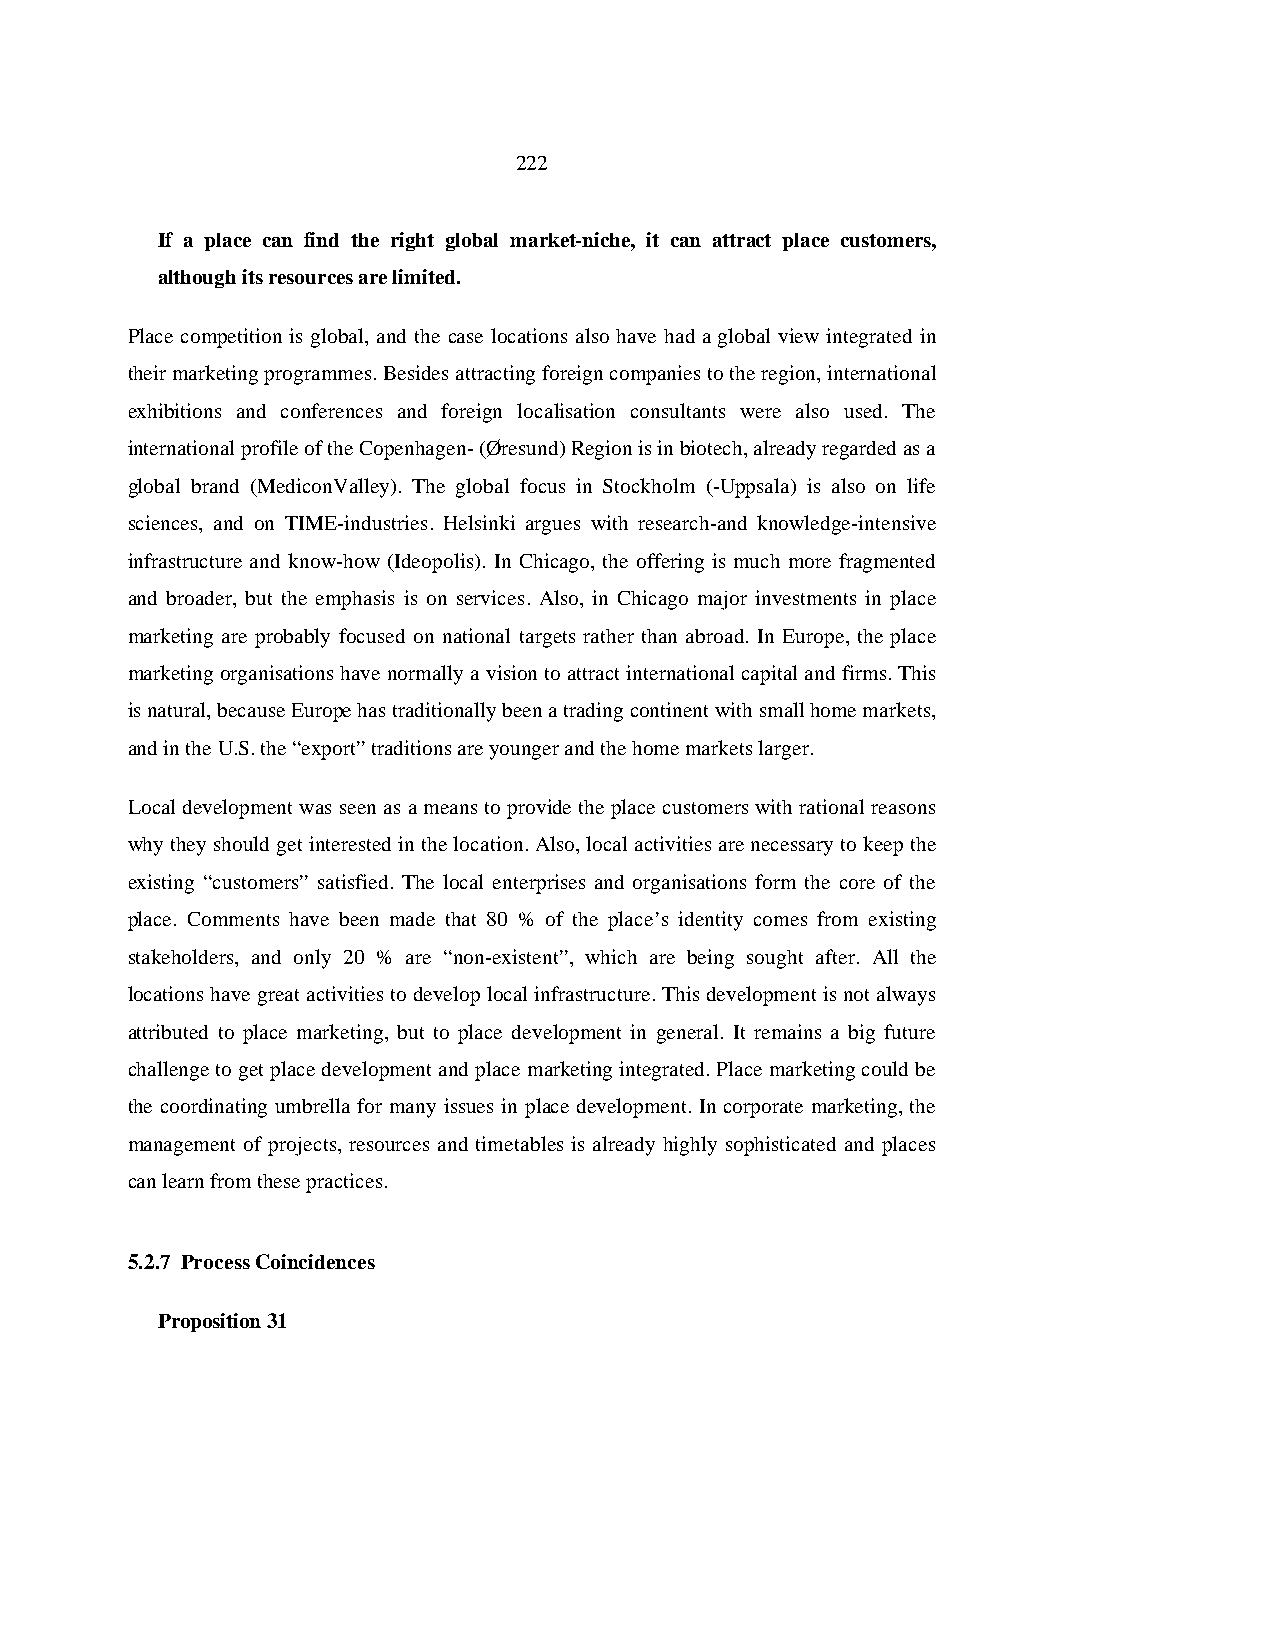
222
 If a place can find the right global market-niche, it can attract place customers,
 although its resources are limited.
 Place competition is global, and the case locations also have had a global view integrated in
 their marketing programmes. Besides attracting foreign companies to the region, international
 exhibitions and conferences and foreign localisation consultants were also used. The
 international profile of the Copenhagen- (Øresund) Region is in biotech, already regarded as a
 global brand (MediconValley). The global focus in Stockholm (-Uppsala) is also on life
 sciences, and on TIME-industries. Helsinki argues with research-and knowledge-intensive
 infrastructure and know-how (Ideopolis). In Chicago, the offering is much more fragmented
 and broader, but the emphasis is on services. Also, in Chicago major investments in place
 marketing are probably focused on national targets rather than abroad. In Europe, the place
 marketing organisations have normally a vision to attract international capital and firms. This
 is natural, because Europe has traditionally been a trading continent with small home markets,
 and in the U.S. the “export” traditions are younger and the home markets larger.
 Local development was seen as a means to provide the place customers with rational reasons
 why they should get interested in the location. Also, local activities are necessary to keep the
 existing “customers” satisfied. The local enterprises and organisations form the core of the
 place. Comments have been made that 80 % of the place’s identity comes from existing
 stakeholders, and only 20 % are “non-existent”, which are being sought after. All the
 locations have great activities to develop local infrastructure. This development is not always
 attributed to place marketing, but to place development in general. It remains a big future
 challenge to get place development and place marketing integrated. Place marketing could be
 the coordinating umbrella for many issues in place development. In corporate marketing, the
 management of projects, resources and timetables is already highly sophisticated and places
 can learn from these practices.
 5.2.7 Process Coincidences
 Proposition 31